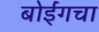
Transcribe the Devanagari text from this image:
बोईंगचा